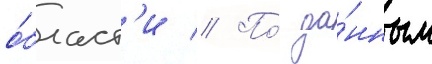
о́бласт'и // По́ да́нным